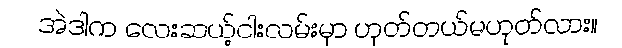
အဲဒါက လေးဆယ့်ငါးလမ်းမှာ ဟုတ်တယ်မဟုတ်လား။